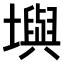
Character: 𪤧